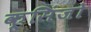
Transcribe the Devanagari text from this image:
क्सिंजो